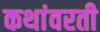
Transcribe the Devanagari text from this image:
कथांवरती